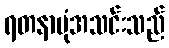
ရတနာပုံအသင်းသည်